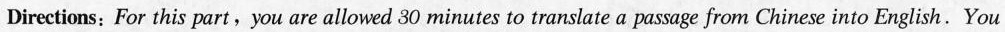
Directions：For this part，you are allowed30minutes to translate a passage from Chinese into English.You